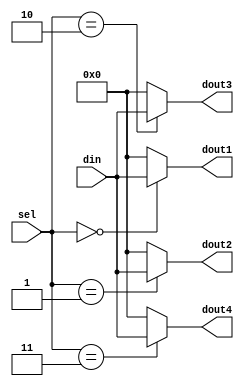
 module demux_1x4(input [3:0] din,
                  input [1:0] sel, 
				  output [3:0] dout1, dout2, dout3, dout4
				  );

   assign dout1 = (sel == 2'b00)? din: 4'b0000;
   assign dout2 = (sel == 2'b01)? din: 4'b0000;
   assign dout3 = (sel == 2'b10)? din: 4'b0000;
   assign dout4 = (sel == 2'b11)? din: 4'b0000;

   

 endmodule